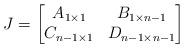
LaTeX: \begin{align*}J = \begin{bmatrix}A_{1\times 1}&B_{1\times n-1}\\C_{n-1\times 1}&D_{n-1\times n-1}\end{bmatrix}\end{align*}